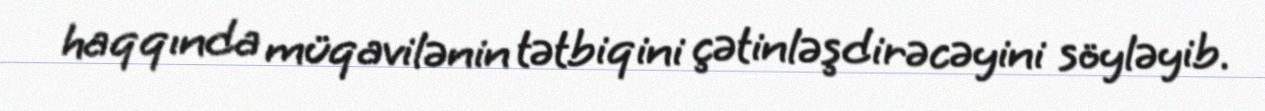
haqqında müqavilənin tətbiqini çətinləşdirəcəyini söyləyib.